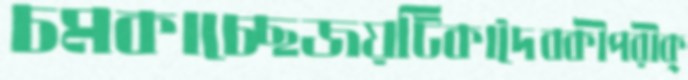
চমকাচ্ছেজয়টিকাদৈবকীপরীক্